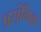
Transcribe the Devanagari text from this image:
प्रसंगिक